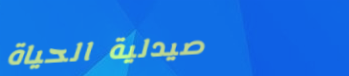
صيدلية الحياة